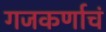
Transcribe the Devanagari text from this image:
गजकर्णाचं